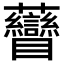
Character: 𧆏